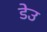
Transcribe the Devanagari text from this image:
डेउ